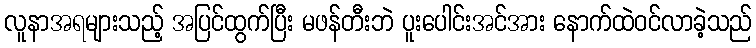
လူနာအရများသည့် အပြင်ထွက်ပြီး မဖန်တီးဘဲ ပူးပေါင်းအင်အား နောက်ထဲဝင်လာခဲ့သည်